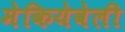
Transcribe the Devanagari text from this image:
मेकियेवेली